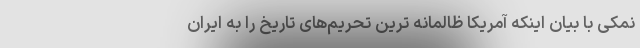
نمکی با بیان اینکه آمریکا ظالمانه ترین تحریم‌های تاریخ را به ایران